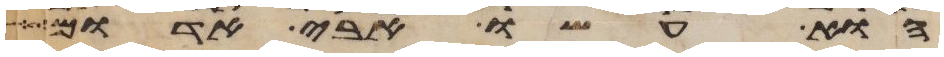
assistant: הוא עשו אבי אדום